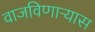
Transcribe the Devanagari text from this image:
वाजविणाऱ्यास